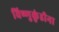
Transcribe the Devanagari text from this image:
विष्णुकुंडीना